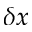
\delta x